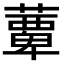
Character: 𫉹